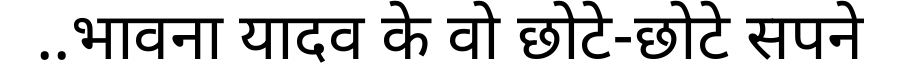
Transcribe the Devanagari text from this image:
..भावना यादव के वो छोटे-छोटे सपने